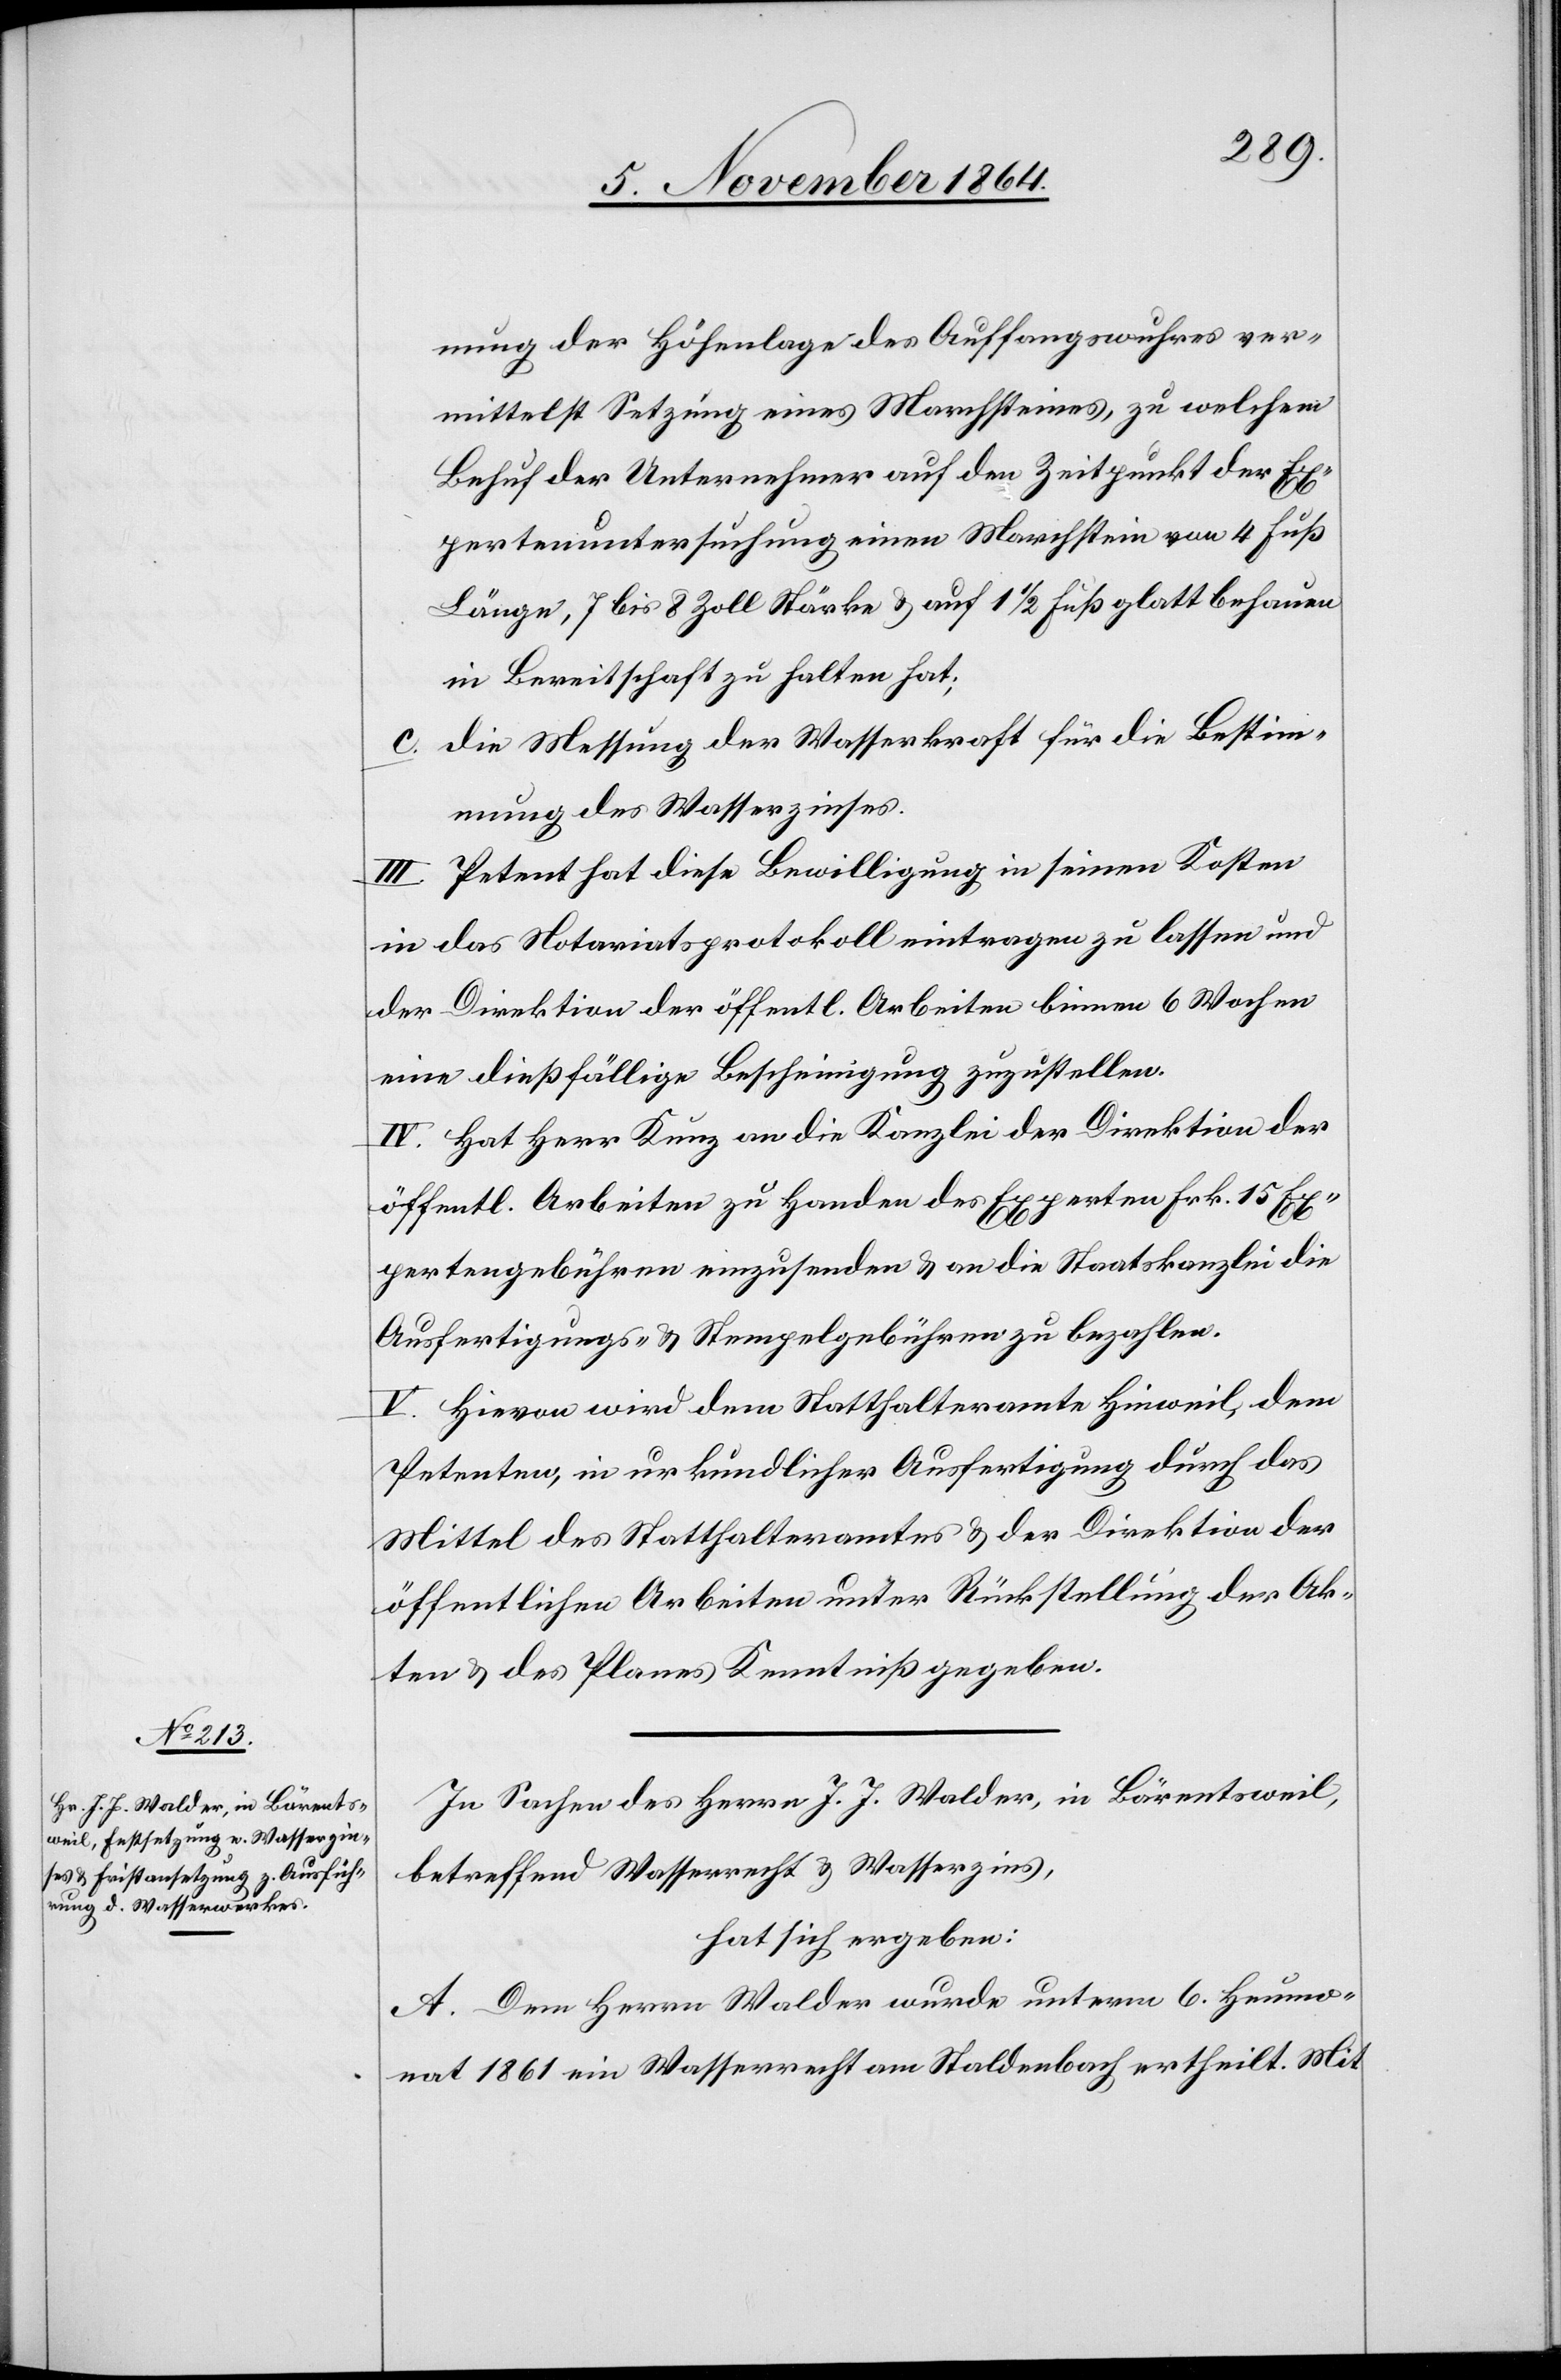
nung der Höhenlage des Auffangswuhres ver¬
mittelst Setzung eines Marchsteines zu welchem
Behuf der Unternehmer auf den Zeitpunkt der Ex¬
pertenuntersuchung einen Marchstein von 4 Fuß
Länge, 7 bis 8 Zoll Stärke & auf 1 1/2 Fuß glatt behauen
in Bereitschaft zu halten hat;
c. die Messung der Wasserkraft für die Bestim¬
mung des Wasserzinses.
III. Petent hat diese Bewilligung in seinen Kosten
in das Notariatsprotokoll eintragen zu lassen und
der Direktion der öffentl. Arbeiten binnen 6 Wochen
eine dießfällige Bescheinigung zuzustellen.
IV. Hat Herr Kunz an die Kanzlei der Direktion der
öffentl. Arbeiten zu Handen des Experten Frk. 15 Ex¬
pertengebühren einzusenden & an die Staatskanzlei die
Ausfertigungs- & Stempelgebühren zu bezahlen.
V. Hievon wird dem Statthalteramte Hinweil, dem
Petenten, in urkundlicher Ausfertigung durch das
Mittel des Statthalteramtes & der Direktion der
öffentlichen Arbeiten unter Rückstellung der Ak¬
ten & des Planes Kenntniß gegeben.
In Sachen des Herrn J. J. Walder, in Bärentsweil,
betreffend Wasserrecht & Wasserzins,
hat sich ergeben:
A. Dem Herrn Walder wurde unterm 6. Heumo¬
nat 1861 ein Wasserrecht am Staldenbach ertheilt. Mit